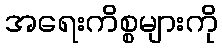
အရေးကိစ္စများကို